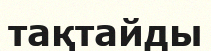
тақтайды